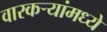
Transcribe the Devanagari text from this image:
वारकर्‍यांमध्ये